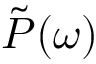
\tilde { P } ( \omega )